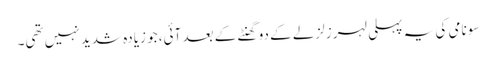
سونامی کی یہ پہلی لہر زلزلے کے دو گھنٹے کے بعد آئی، جو زیادہ شدید نہیں تھی۔